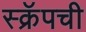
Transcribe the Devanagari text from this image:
स्क्रॅपची